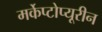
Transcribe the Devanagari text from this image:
मर्केप्टोप्यूरीन